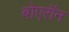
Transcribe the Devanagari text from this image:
बोएरॉन